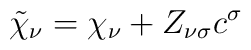
\tilde {\chi}_\nu = \chi_\nu + Z_{\nu \sigma} c^\sigma